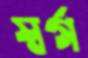
স্বর্গ